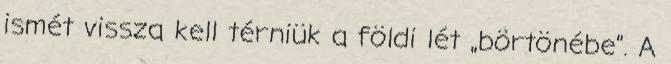
ismét vissza kell térniük a földi lét „börtönébe”. A